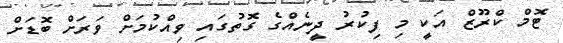
ޓޮމް ކްރޫޒް އަކީ މި ފިކުރު ދީނެއްގެ ގޮތުގައި ވިއްކުމަށް ވަރަށް ބޮޑަށް